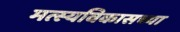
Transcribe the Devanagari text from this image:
मत्स्यविकासच्या